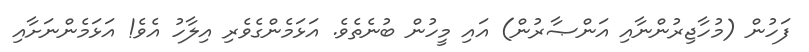
ފަހުން (މުހާޖިރުންނާއި އަންޞާރުން) އައި މީހުން ބުނެތެވެ. އަޅަމެންގެވެރި އިލާހު އެވެ! އަޅަމެންނަށާއި